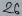
Text: 26